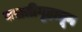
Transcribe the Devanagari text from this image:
वसतीगृहातून